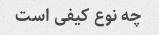
چه نوع کیفی است